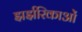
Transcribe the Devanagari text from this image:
झर्झरिकाओं